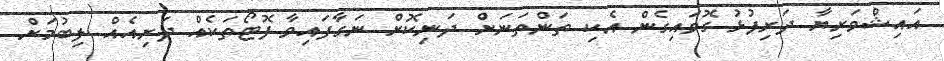
އައިޝްވަރިޔާ ދަރިފުޅު ގޮވައިގެން އެކި ތަންތަނަށް ދަނިކޮށް ނަގާފައިވާ ފޮޓޯތަކެއް ދަރިއެއް ލިބުމަށް